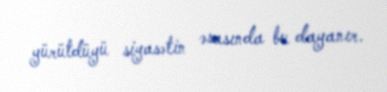
yürütdüyü siyasətin əsasında bu dayanır.